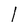
Character: I